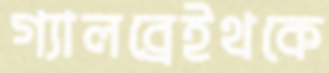
গ্যালব্রেইথকে